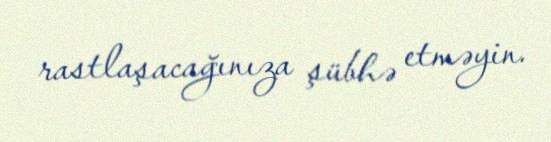
rastlaşacağınıza şübhə etməyin.